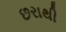
છરાથી